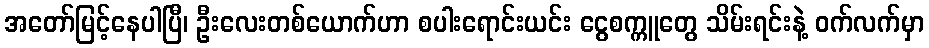
အတော်မြင့်နေပါပြီ၊ ဦးလေးတစ်ယောက်ဟာ စပါးရောင်းယင်း ငွေစက္ကူတွေ သိမ်းရင်းနဲ့ ဝက်လက်မှာ